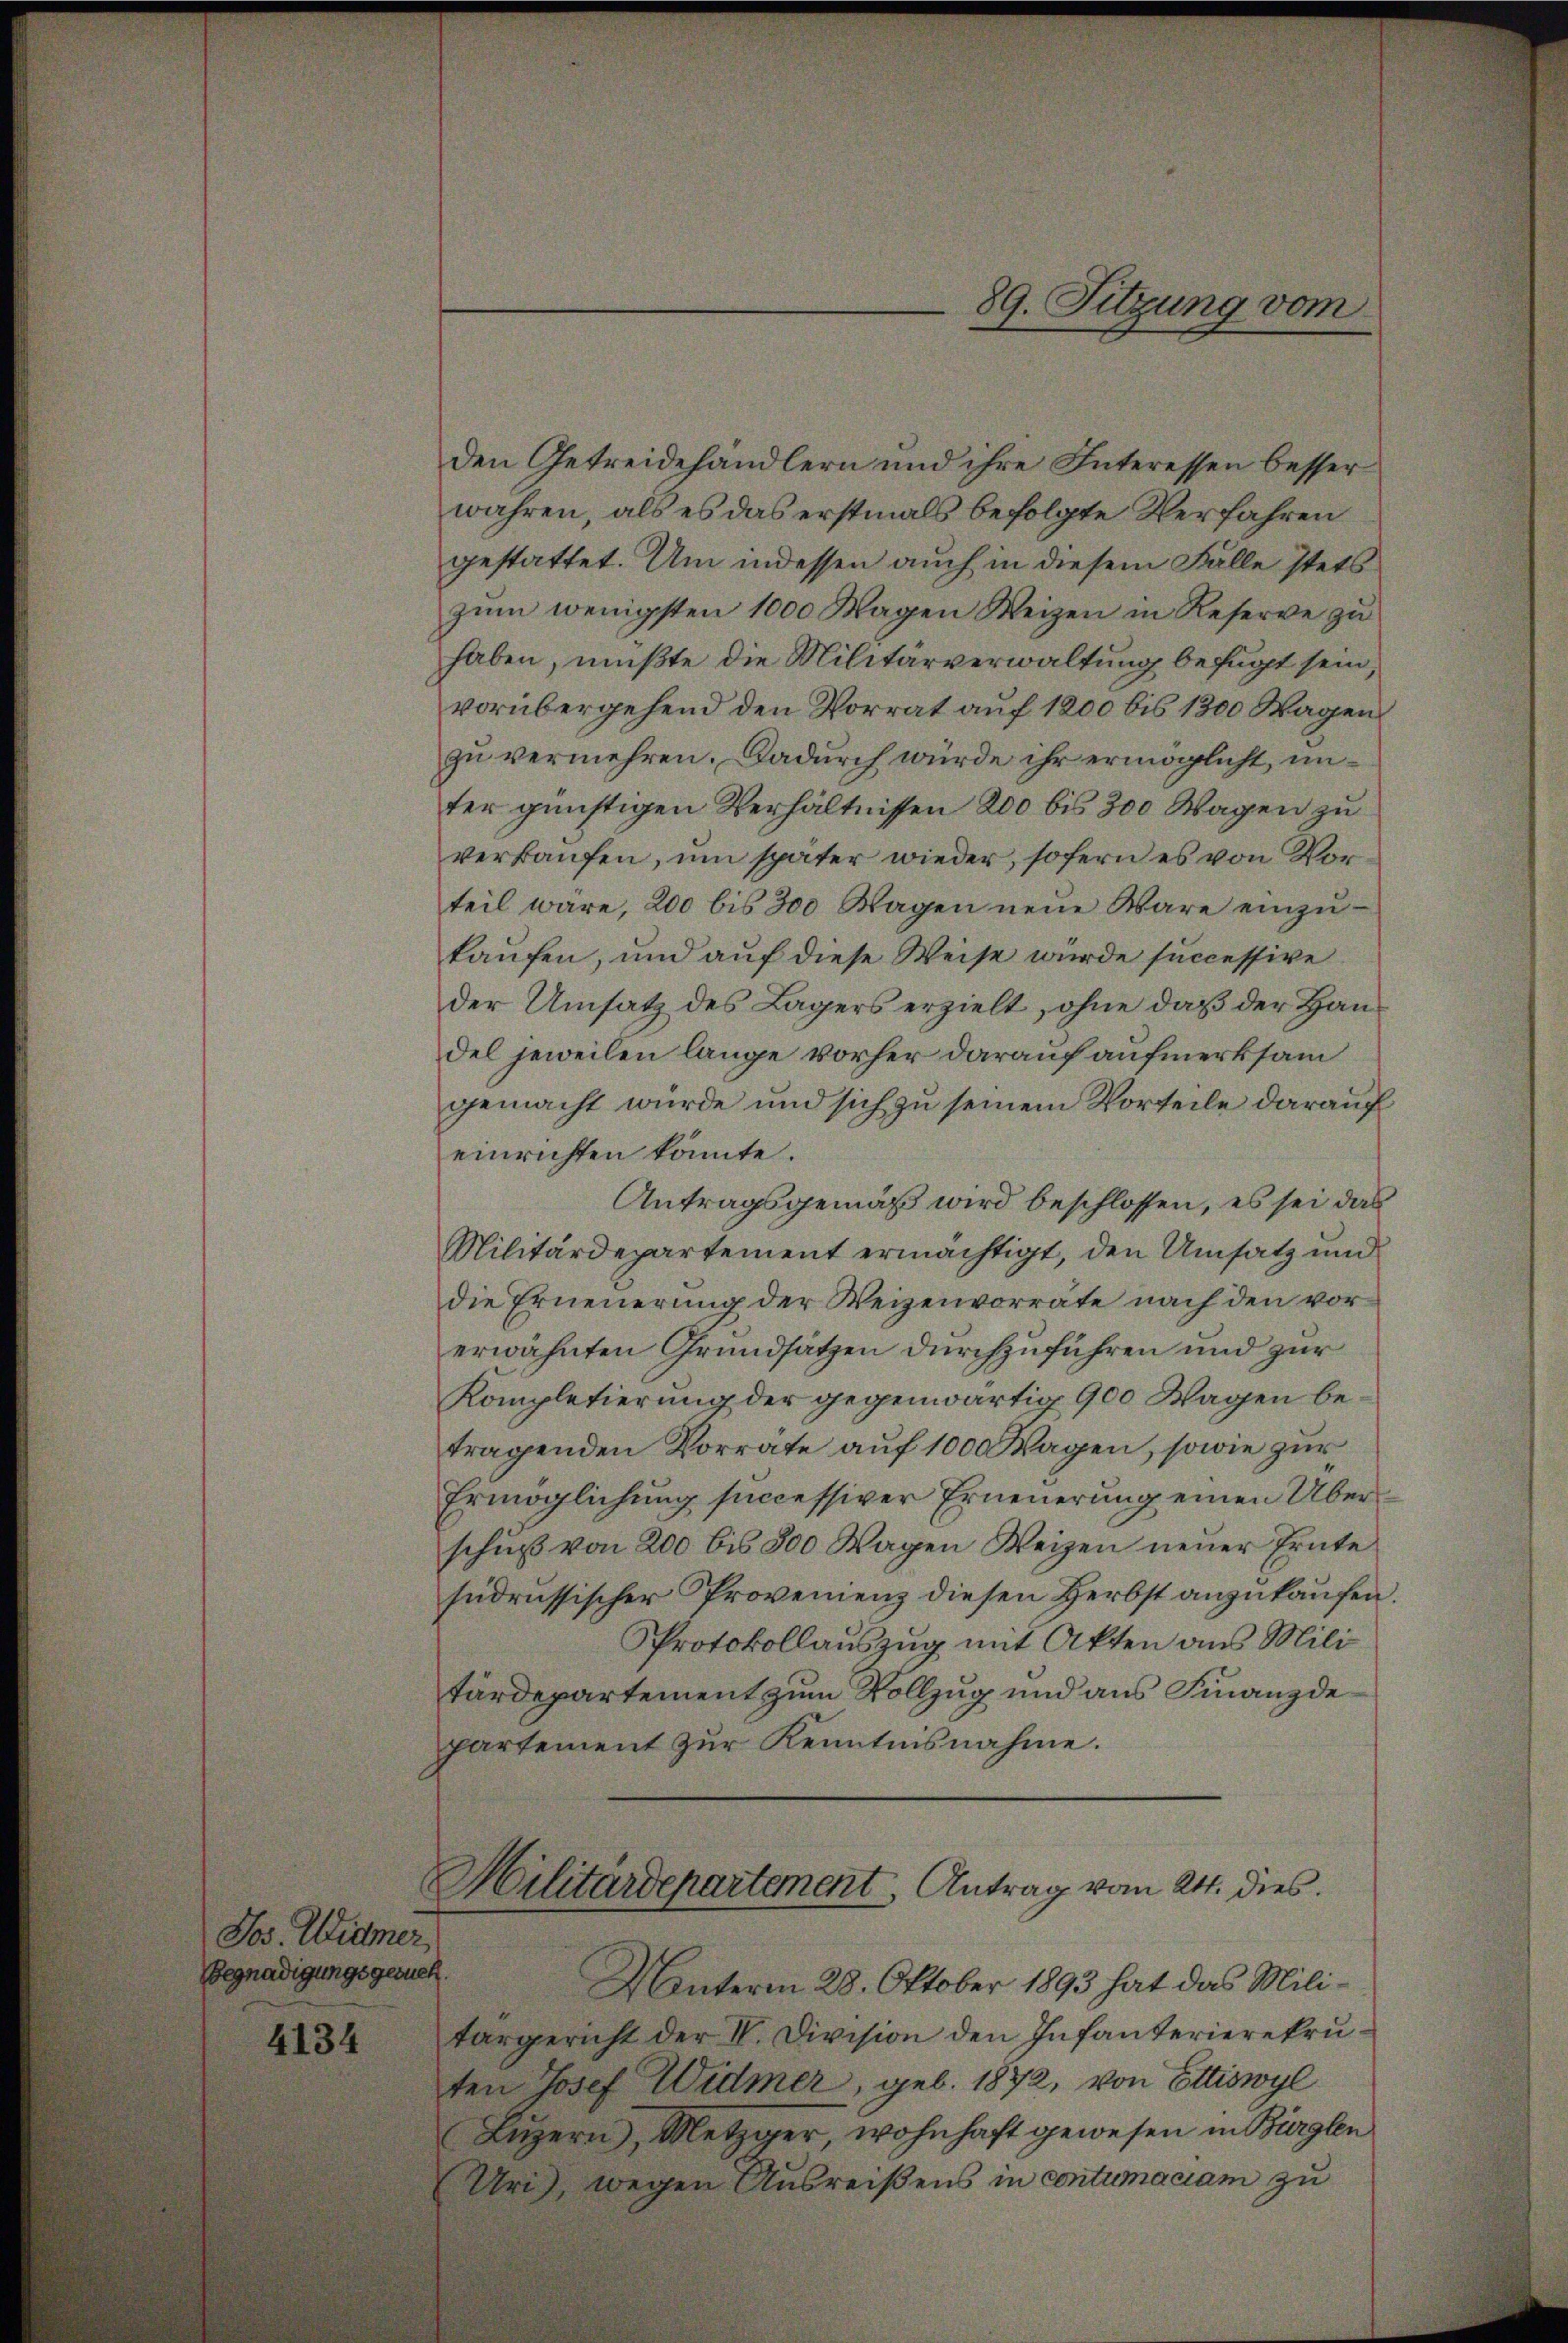
Jos. Widmer
Begnadigungsgesuch.

4134

Den Getreidehändlern und ihre Interessen besser
wahren, als es das erstmals befolgte Verfahren
gestattet. Um indessen auch in diesem Falle stets
zum wenigsten 1000 Wagen Weizen in Reserve zu
haben, mußte die Militärverwaltung befugt sein,
vorübergehend den Vorrat auf 1200 bis 1300 Wagen
zu vermehren. Dadurch würde ihr ermöglicht, unter günstigen Verhältnissen 200 bis 300 Wagen zu
verkaŭfen, um später wieder, sofern es von Vorteil wäre, 200 bis 300 Wagen neue Wäre einzukaufen, und auf diese Weise wurde successive
der Umsatz des Lagers erzielt, ohne daß der Handel jeweilen lange vorher darauf aufmerksam
gemacht wurde und sich zu seinem Vorteile darauf
einrichten könnte.
Antragsgemäß wird beschlossen, es sei das
Militärdepartement ermächtigt, den Umsatz und
die Erneuerung der Weizenvorräte nach den vorerwähnten Grundsätzen durchzuführen und zur
Kompletierung der gegenwärtig 900 Wagen betragenden Vorräte auf 1000 Wagen, sowie zur
Ermöglichung successiver Erneuerung einen Überschuß von 200 bis 800 Wagen Weizen neuer Ernte
sudrussischer Provenienz diesen Herbst anzukaufen.
Protokollauszug mit Akten aus Mili
tärdepartement zum Vollzug und aus Finanzde
partement zur Kenntnisnahme.
Hilitärdepartement, Antrag vom 24. dies
Unterm 28. Oktober 1893 hat das Militargericht der IV. Division den Infanterierekruten Josef Widmer, geb. 1872, von Ettiswyl
Lŭzern, Metzger, wohnhaft gewesen in Bürglen
Uri wegen Ausreißens in contumaciam zu

89. Sitzung vom